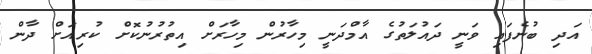
އަދި ބުނެފައި ވަނީ ދައުލަތުގެ އާމްދަނީ މިހާރުން މިހާރަށް އިތުރުނުކޮށް ކުރިއަށް ދާން